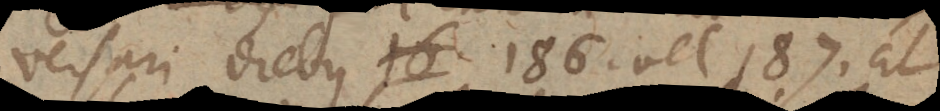
versari diebus 186 vel 187, at